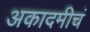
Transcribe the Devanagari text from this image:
अकादमीचं